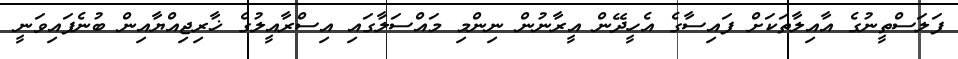
ފަލަސްތީނުގެ އާއިލާތަކަށް ފައިސާގެ އެހީދޭން އީރާނުން ނިންމި މައްސަލާގައި އިސްރާއީލުގެ ޚާރިޖިއްޔާއިން ބުނެފައިވަނީ